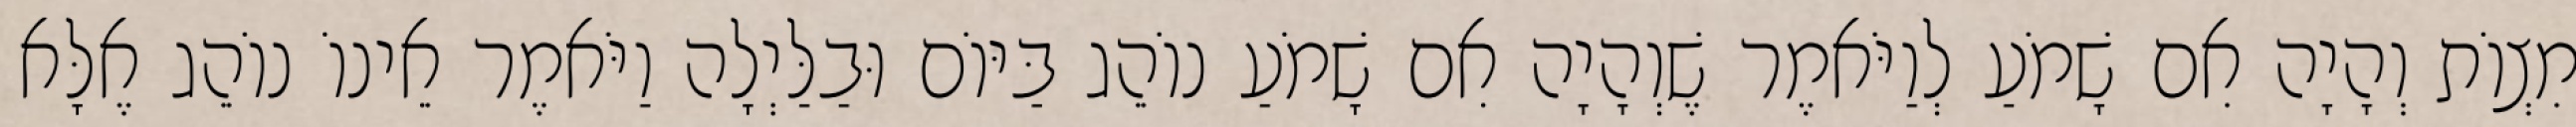
מִצְוֹת וְהָיָה אִם שָׁמֹעַ לְוַיֹּאמֶר שֶׁוְהָיָה אִם שָׁמֹעַ נוֹהֵג בַּיּוֹם וּבַלַּיְלָה וַיֹּאמֶר אֵינוֹ נוֹהֵג אֶלָּא